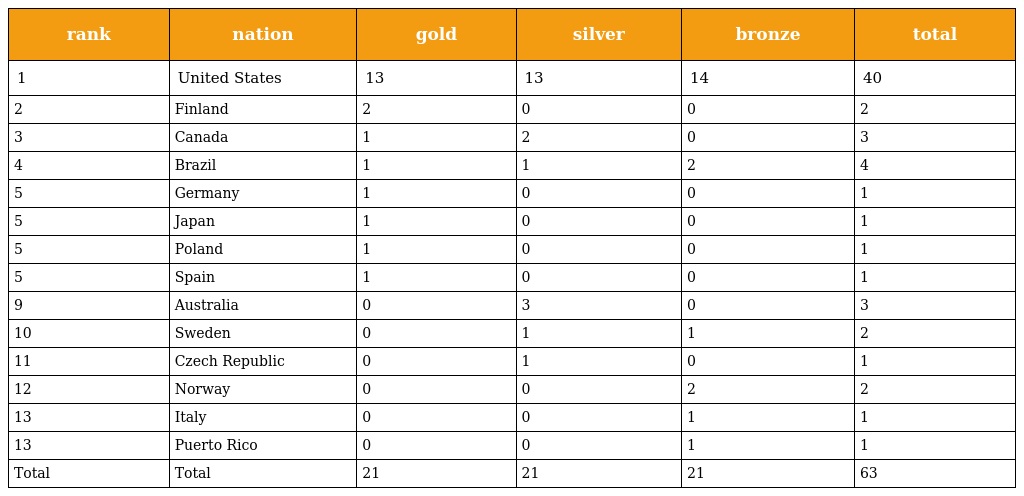
| rank | nation | gold | silver | bronze | total |
 | --- | --- | --- | --- | --- | --- |
 | 1 | United States | 13 | 13 | 14 | 40 |
 | 2 | Finland | 2 | 0 | 0 | 2 |
 | 3 | Canada | 1 | 2 | 0 | 3 |
 | 4 | Brazil | 1 | 1 | 2 | 4 |
 | 5 | Germany | 1 | 0 | 0 | 1 |
 | 5 | Japan | 1 | 0 | 0 | 1 |
 | 5 | Poland | 1 | 0 | 0 | 1 |
 | 5 | Spain | 1 | 0 | 0 | 1 |
 | 9 | Australia | 0 | 3 | 0 | 3 |
 | 10 | Sweden | 0 | 1 | 1 | 2 |
 | 11 | Czech Republic | 0 | 1 | 0 | 1 |
 | 12 | Norway | 0 | 0 | 2 | 2 |
 | 13 | Italy | 0 | 0 | 1 | 1 |
 | 13 | Puerto Rico | 0 | 0 | 1 | 1 |
 | Total | Total | 21 | 21 | 21 | 63 |